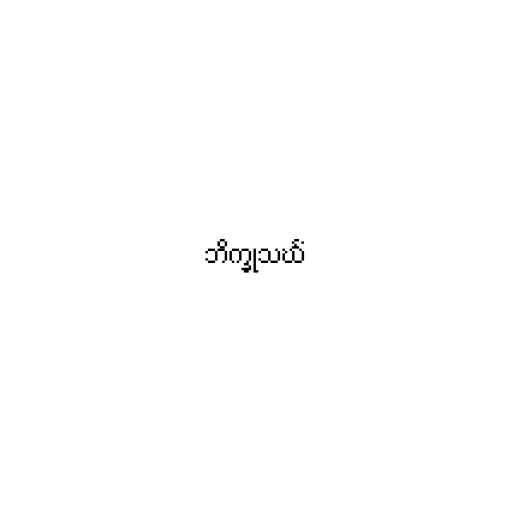
ဘိက္ခုသင်္ဃံ